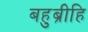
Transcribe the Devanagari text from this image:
बहुब्रीहि